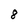
Character: 8